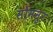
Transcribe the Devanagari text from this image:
सोमनुर